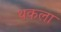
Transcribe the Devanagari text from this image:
थकला